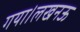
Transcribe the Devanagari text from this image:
गया।लखनऊ